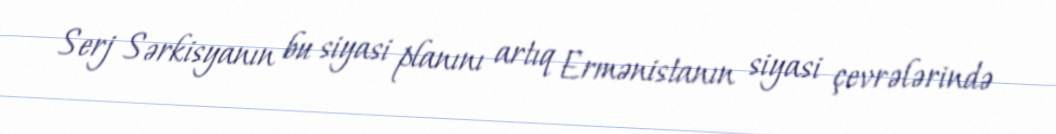
Serj Sərkisyanın bu siyasi planını artıq Ermənistanın siyasi çevrələrində